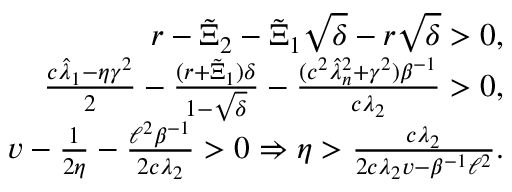
\begin{array} { r } { r - \tilde { \Xi } _ { 2 } - \tilde { \Xi } _ { 1 } \sqrt { \delta } - r \sqrt { \delta } > 0 , } \\ { \frac { c \hat { \lambda } _ { 1 } - \eta \gamma ^ { 2 } } { 2 } - \frac { ( r + \tilde { \Xi } _ { 1 } ) \delta } { 1 - \sqrt { \delta } } - \frac { ( c ^ { 2 } \hat { \lambda } _ { n } ^ { 2 } + \gamma ^ { 2 } ) \beta ^ { - 1 } } { c \lambda _ { 2 } } > 0 , } \\ { v - \frac { 1 } { 2 \eta } - \frac { \ell ^ { 2 } \beta ^ { - 1 } } { 2 c \lambda _ { 2 } } > 0 \Rightarrow \eta > \frac { c \lambda _ { 2 } } { 2 c \lambda _ { 2 } v - \beta ^ { - 1 } \ell ^ { 2 } } . } \end{array}